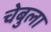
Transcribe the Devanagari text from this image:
चेबुला